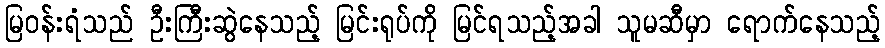
မြဝန်းရံသည် ဦးကြီးဆွဲနေသည့် မြင်းရုပ်ကို မြင်ရသည့်အခါ သူမဆီမှာ ရောက်နေသည့်